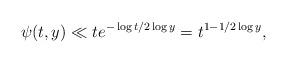
LaTeX: \begin{align*}\psi(t,y)\ll te^{-\log t/2\log y}=t^{1-1/2\log y},\end{align*}